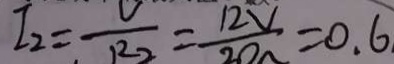
I _ { 2 } = \frac { U } { R _ { 2 } } = \frac { 1 2 V } { 2 0 \Omega } = 0 . 6